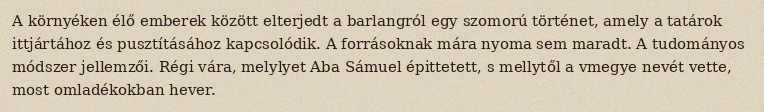
A környéken élő emberek között elterjedt a barlangról egy szomorú történet, amely a tatárok ittjártához és pusztításához kapcsolódik. A forrásoknak mára nyoma sem maradt. A tudományos módszer jellemzői. Régi vára, melylyet Aba Sámuel épittetett, s mellytől a vmegye nevét vette, most omladékokban hever.